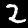
Digit: 2